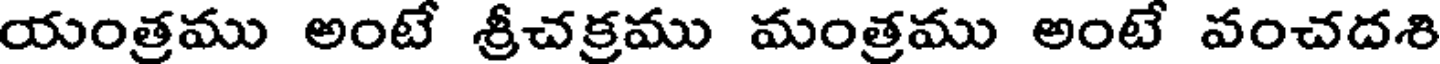
యంత్రము అంటే శ్రీచక్రము మంత్రము అంటే వంచదశి